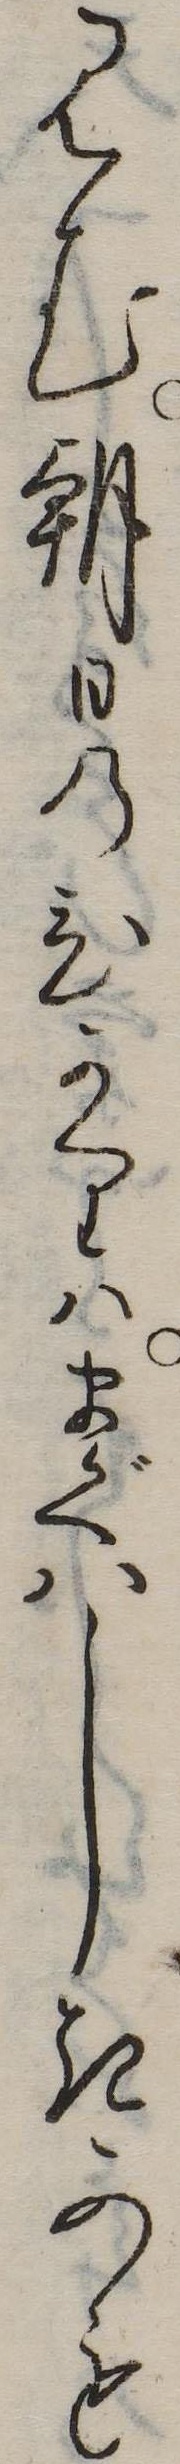
見む朝日のひかりはまぐはしきかも